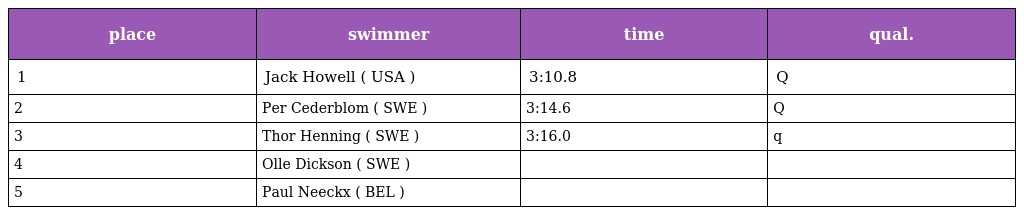
| place | swimmer | time | qual. |
 | --- | --- | --- | --- |
 | 1 | Jack Howell ( USA ) | 3:10.8 | Q |
 | 2 | Per Cederblom ( SWE ) | 3:14.6 | Q |
 | 3 | Thor Henning ( SWE ) | 3:16.0 | q |
 | 4 | Olle Dickson ( SWE ) |  |  |
 | 5 | Paul Neeckx ( BEL ) |  |  |